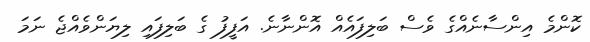
ކޮންމެ އިންސާނެއްގެ ވެސް ބަލިފައެއް އޮންނާނެ. އަފީފު ގެ ބަލިފައި ލިޔަންވެއްޖެ ނަމަ